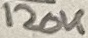
Text: 120K